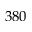
3 8 0